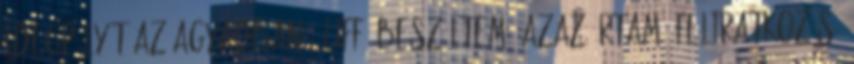
idegpályát az agyadban : Uff, beszéltem- azaz írtam. Feliratkozás: